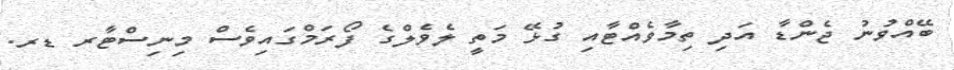
ބޭއްވުނު ޖެންޑާ އަދި ތިމާވެއްޓާއި ގުޅޭ މަތީ ލެވެލްގެ ފޯރަމްގައިވެސް މިނިސްޓާރ ޑރ.